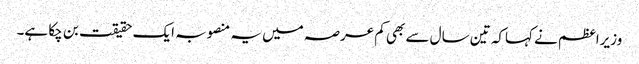
وزیراعظم نے کہاکہ تین سال سے بھی کم عرصہ میں یہ منصوبہ ایک حقیقت بن چکا ہے۔